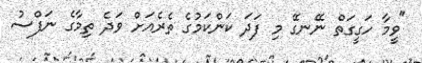
"ވީމާ ހަގީގަތް ނޭނގޭ މި ފަދަ ކަންކަމުގެ ތެރެއަށް ވަދެ ތިމާގެ ނަފްސު